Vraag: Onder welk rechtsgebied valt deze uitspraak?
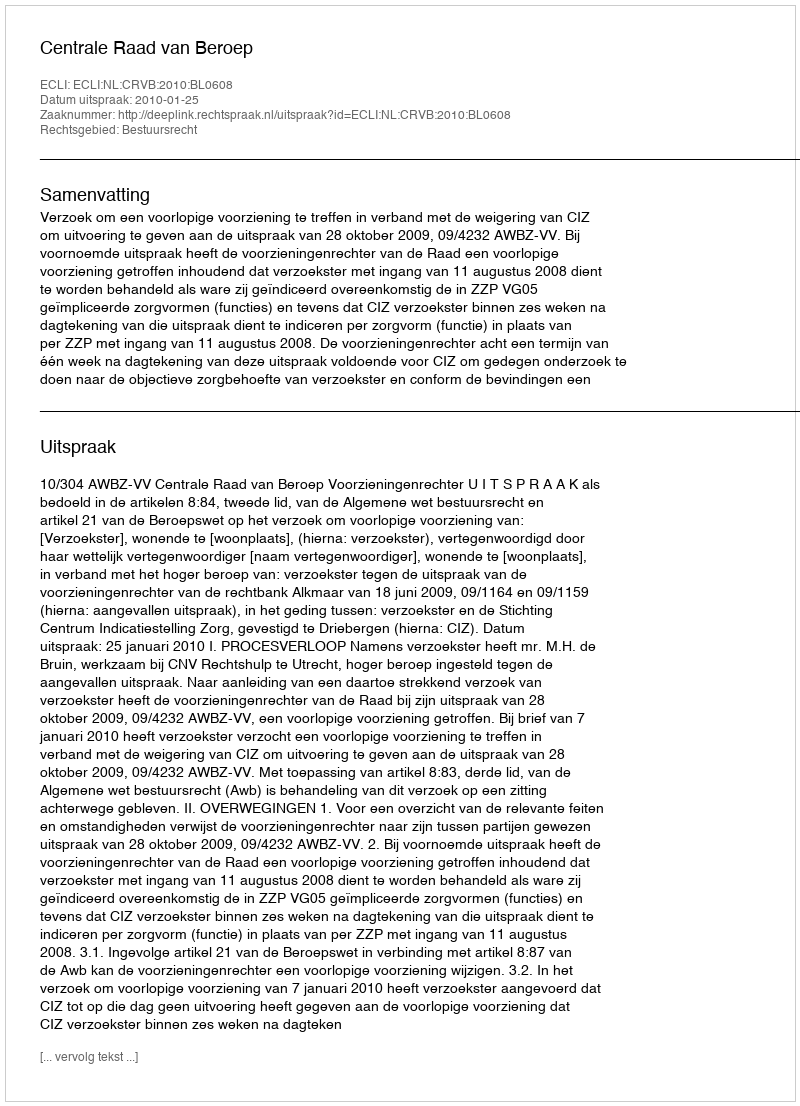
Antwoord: Bestuursrecht